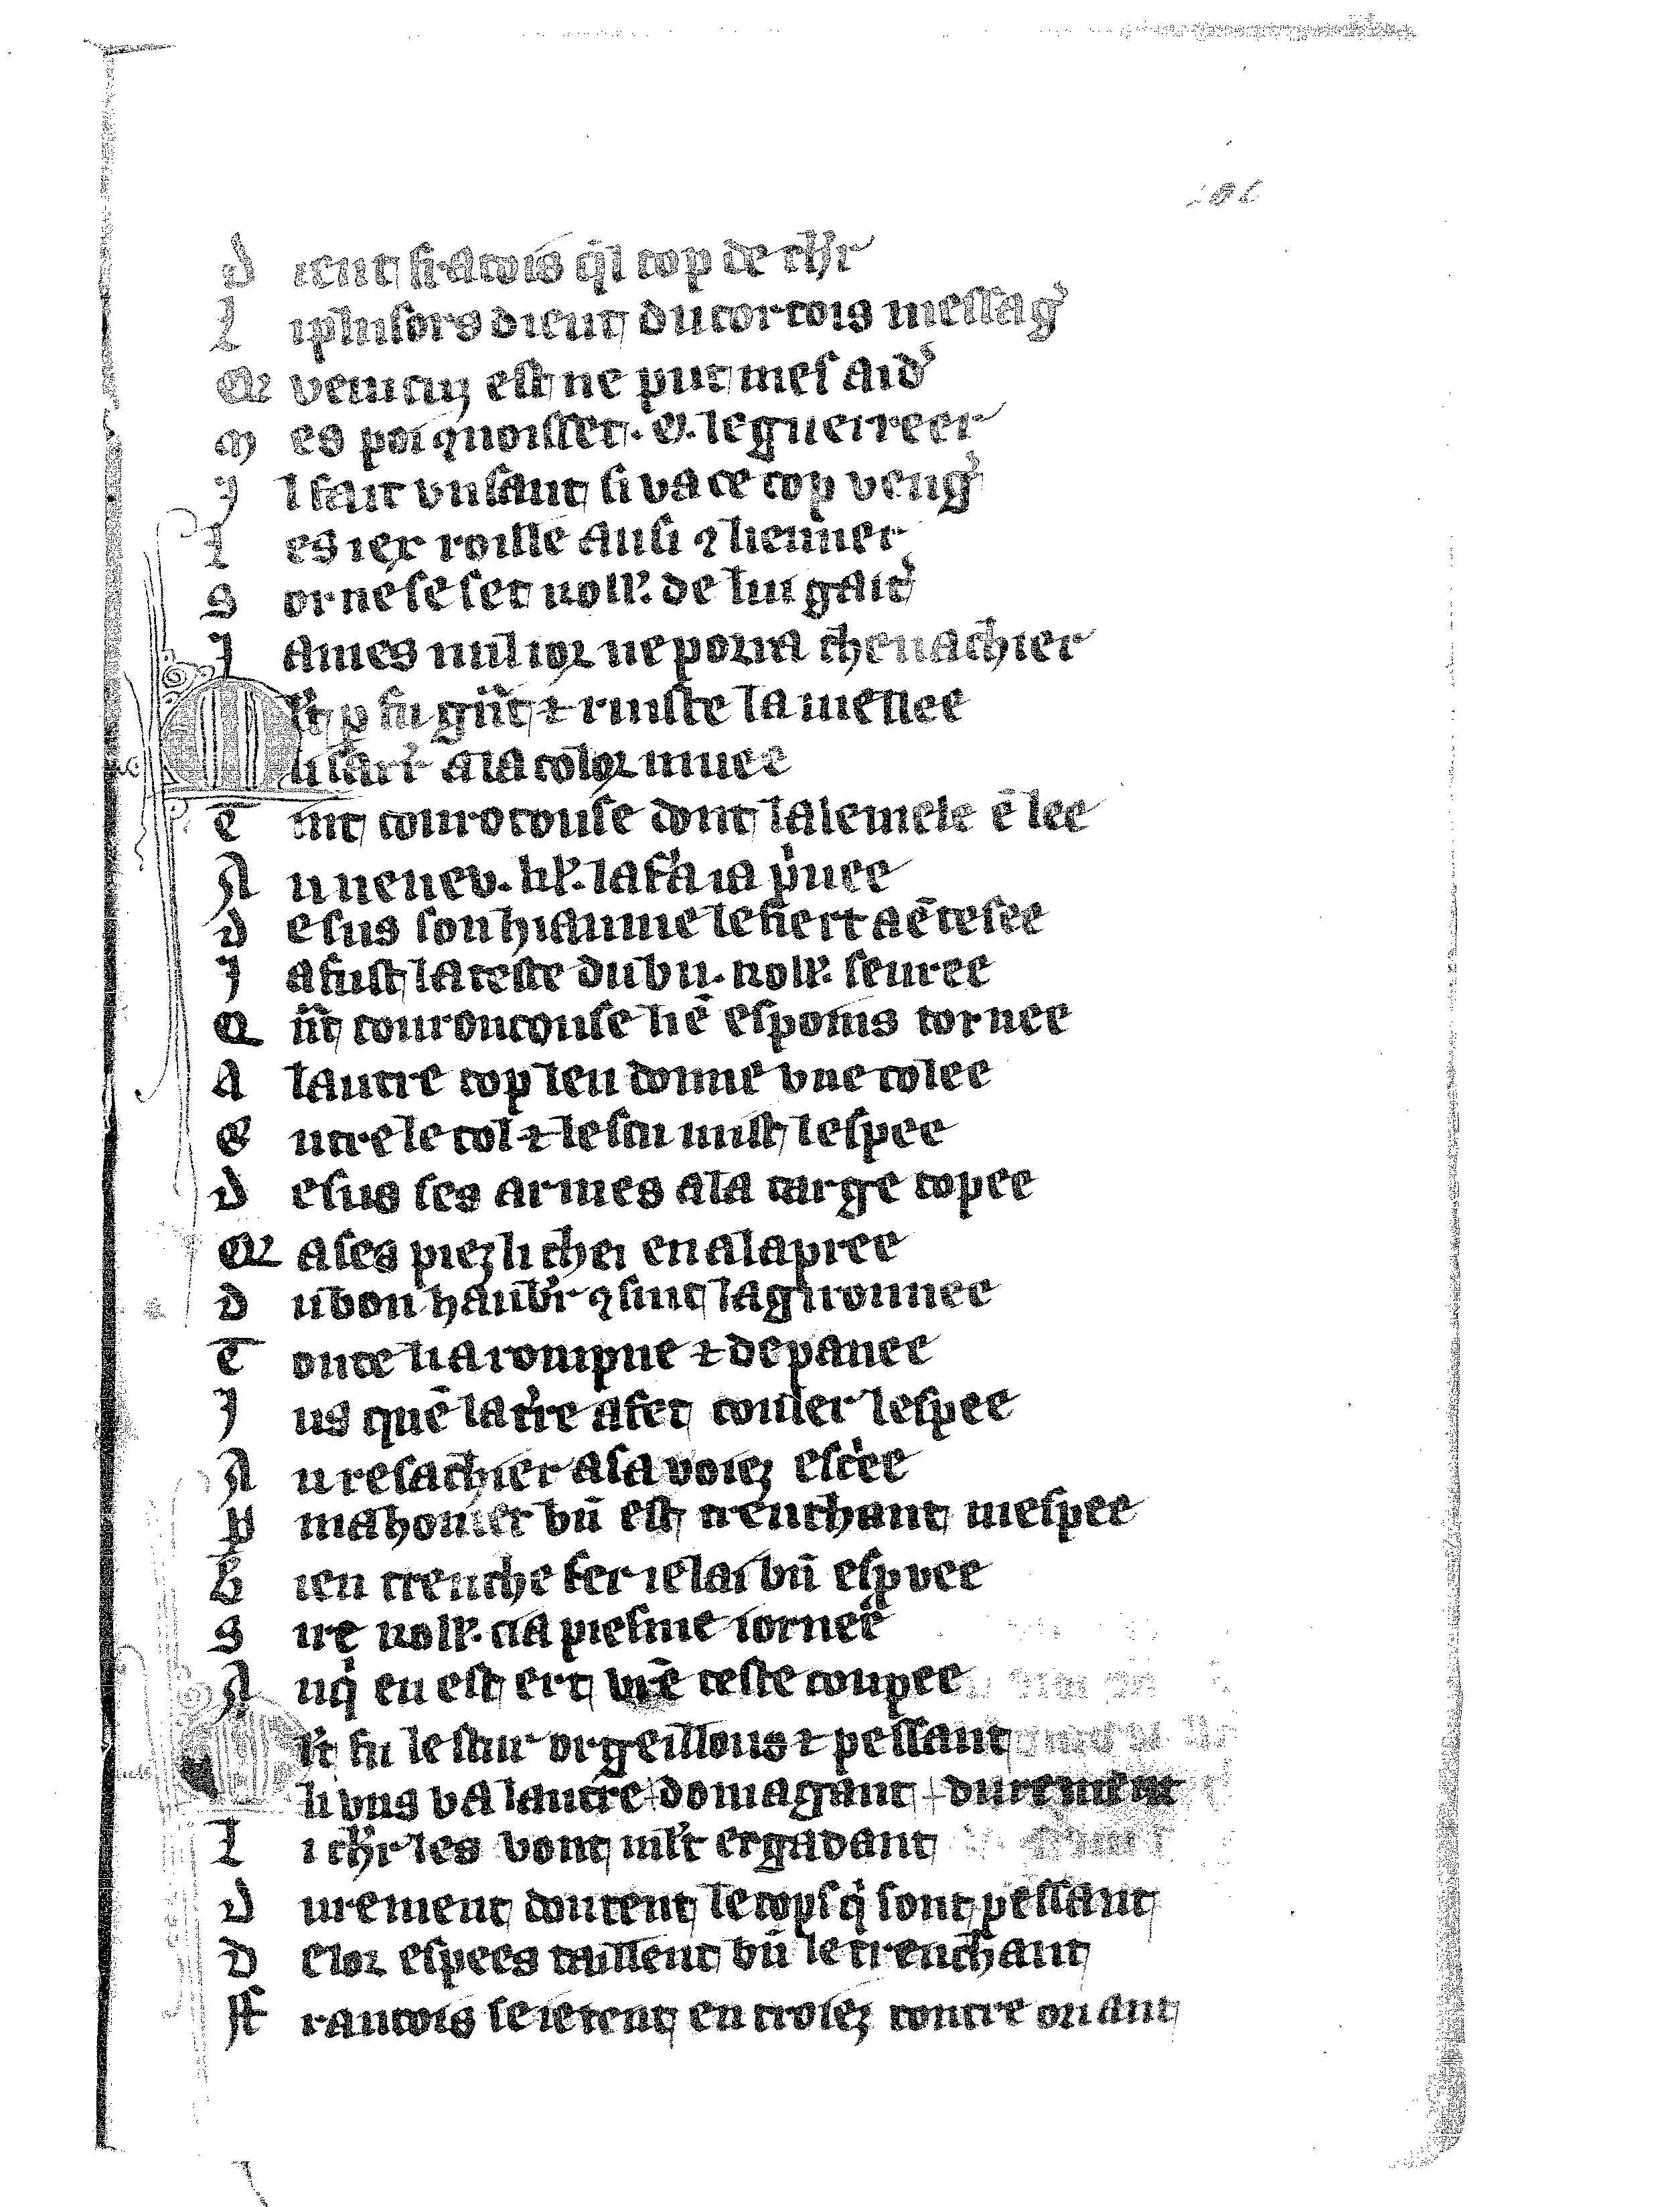
Shelfmark: Vatican, Biblioteca apostolica vaticana, Reg.lat. 1616
Century: 14